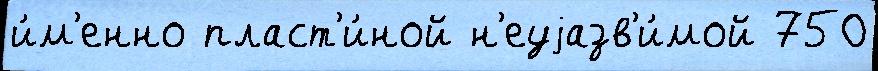
и́м'енно пласт'и́ной н'еуjазв'и́мой 750